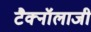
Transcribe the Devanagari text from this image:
टैक्नॉलाजी